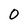
Character: O